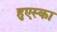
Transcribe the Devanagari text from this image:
हुएस्का